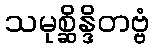
သမုစ္ဆိန္ဒိတဗ္ဗံ